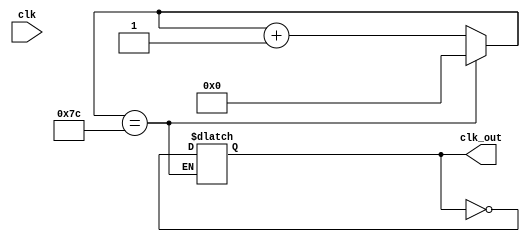

module freqDiv_250(clk, clk_out);
   input     clk;
   output    clk_out;
   
   reg [6:0] tmp;
   reg       clktmp;
   
   always @(  clk)
      
      begin
         if (tmp == 124)
         begin
            tmp <= 0;
            clktmp <= (~clktmp);
         end
         else
            tmp <= tmp + 1;
      end
   assign clk_out = clktmp;
   
endmodule